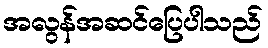
အလွန်အဆင်ပြေပါသည်